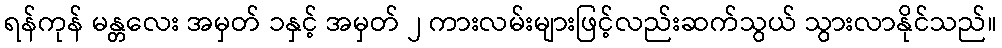
ရန်ကုန် မန္တလေး အမှတ် ၁နှင့် အမှတ် ၂ ကားလမ်းများဖြင့်လည်းဆက်သွယ် သွားလာနိုင်သည်။